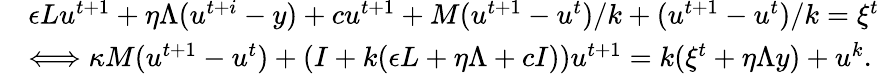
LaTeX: \begin{array}{rl}&{\epsilon Lu^{t+1}+\eta\Lambda(u^{t+i}-y)+cu^{t+1}+M(u^{t+1}-u^{t})/k+(u^{t+1}-u^{t})/k=\xi^{t}}\\ &{\Longleftrightarrow\kappa M(u^{t+1}-u^{t})+(I+k(\epsilon L+\eta\Lambda+cI))u^{t+1}=k(\xi^{t}+\eta\Lambda y)+u^{k}.}\end{array}